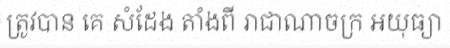
ត្រូវបាន គេ សំដែង តាំងពី រាជាណាចក្រ អយុធ្យា